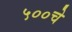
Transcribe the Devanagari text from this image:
५००चे